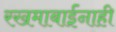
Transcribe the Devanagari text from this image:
रखमाबाईंनाही